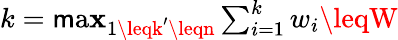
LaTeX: k=\textstyle\operatorname*{\mathsf{m}a\mathbf{x}}_{1\leqk^{\prime}\leqn}\textstyle\sum_{i=1}^{k}w_{i}\leqW